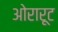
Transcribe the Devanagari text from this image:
ओरारूट